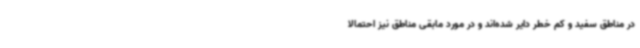
در مناطق سفید و کم خطر دایر شده‌اند و در مورد مابقی مناطق نیز احتمالا